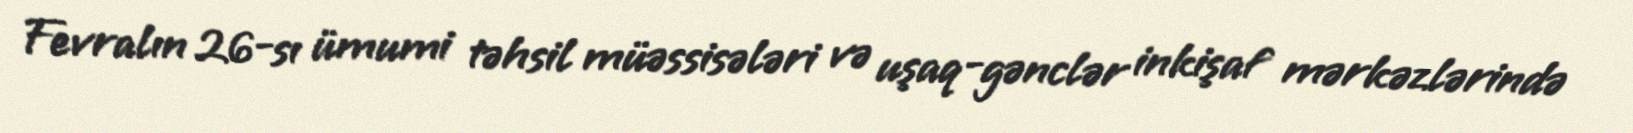
Fevralın 26-sı ümumi təhsil müəssisələri və uşaq-gənclər inkişaf mərkəzlərində